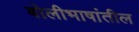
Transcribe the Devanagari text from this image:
बोलीभाषांतील